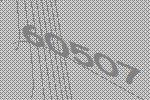
60507